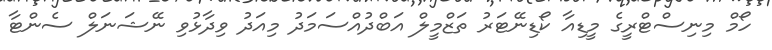
ހޯމް މިނިސްޓްރީގެ މީޑިއާ ކޯޑިނޭޓަރު ތަޒްމީލް އަބްދުއްސަމަދު މިއަދު ވިދާޅުވި ނޭޝަނަލް ސެންޓާ